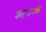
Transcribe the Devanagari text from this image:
कतुनायके